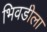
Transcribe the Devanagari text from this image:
भिवडीला